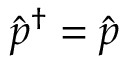
\hat { p } ^ { \dagger } = \hat { p }